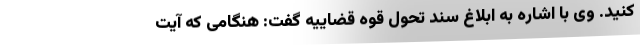
کنید. وی با اشاره به ابلاغ سند تحول قوه قضاییه گفت: هنگامی که آیت